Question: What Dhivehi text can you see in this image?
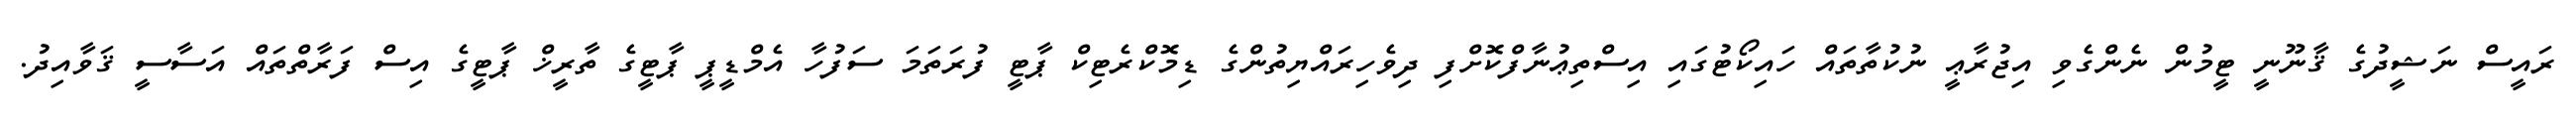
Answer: ރައީސް ނަޝީދުގެ ޤާނޫނީ ޓީމުން ނެންގެވި އިޖުރާޢީ ނުކުތާތައް ހައިކޯޓުގައި އިސްތިޢުނާފްކޮށްފި ދިވެހިރައްޔިތުންގެ ޑިމޮކްރެޓިކް ޕާޓީ ފުރަތަމަ ސަފުހާ އެމްޑީޕީ ޕާޓީގެ ތާރީޚް ޕާޓީގެ އިސް ފަރާތްތައް އަސާސީ ޤަވާއިދު.